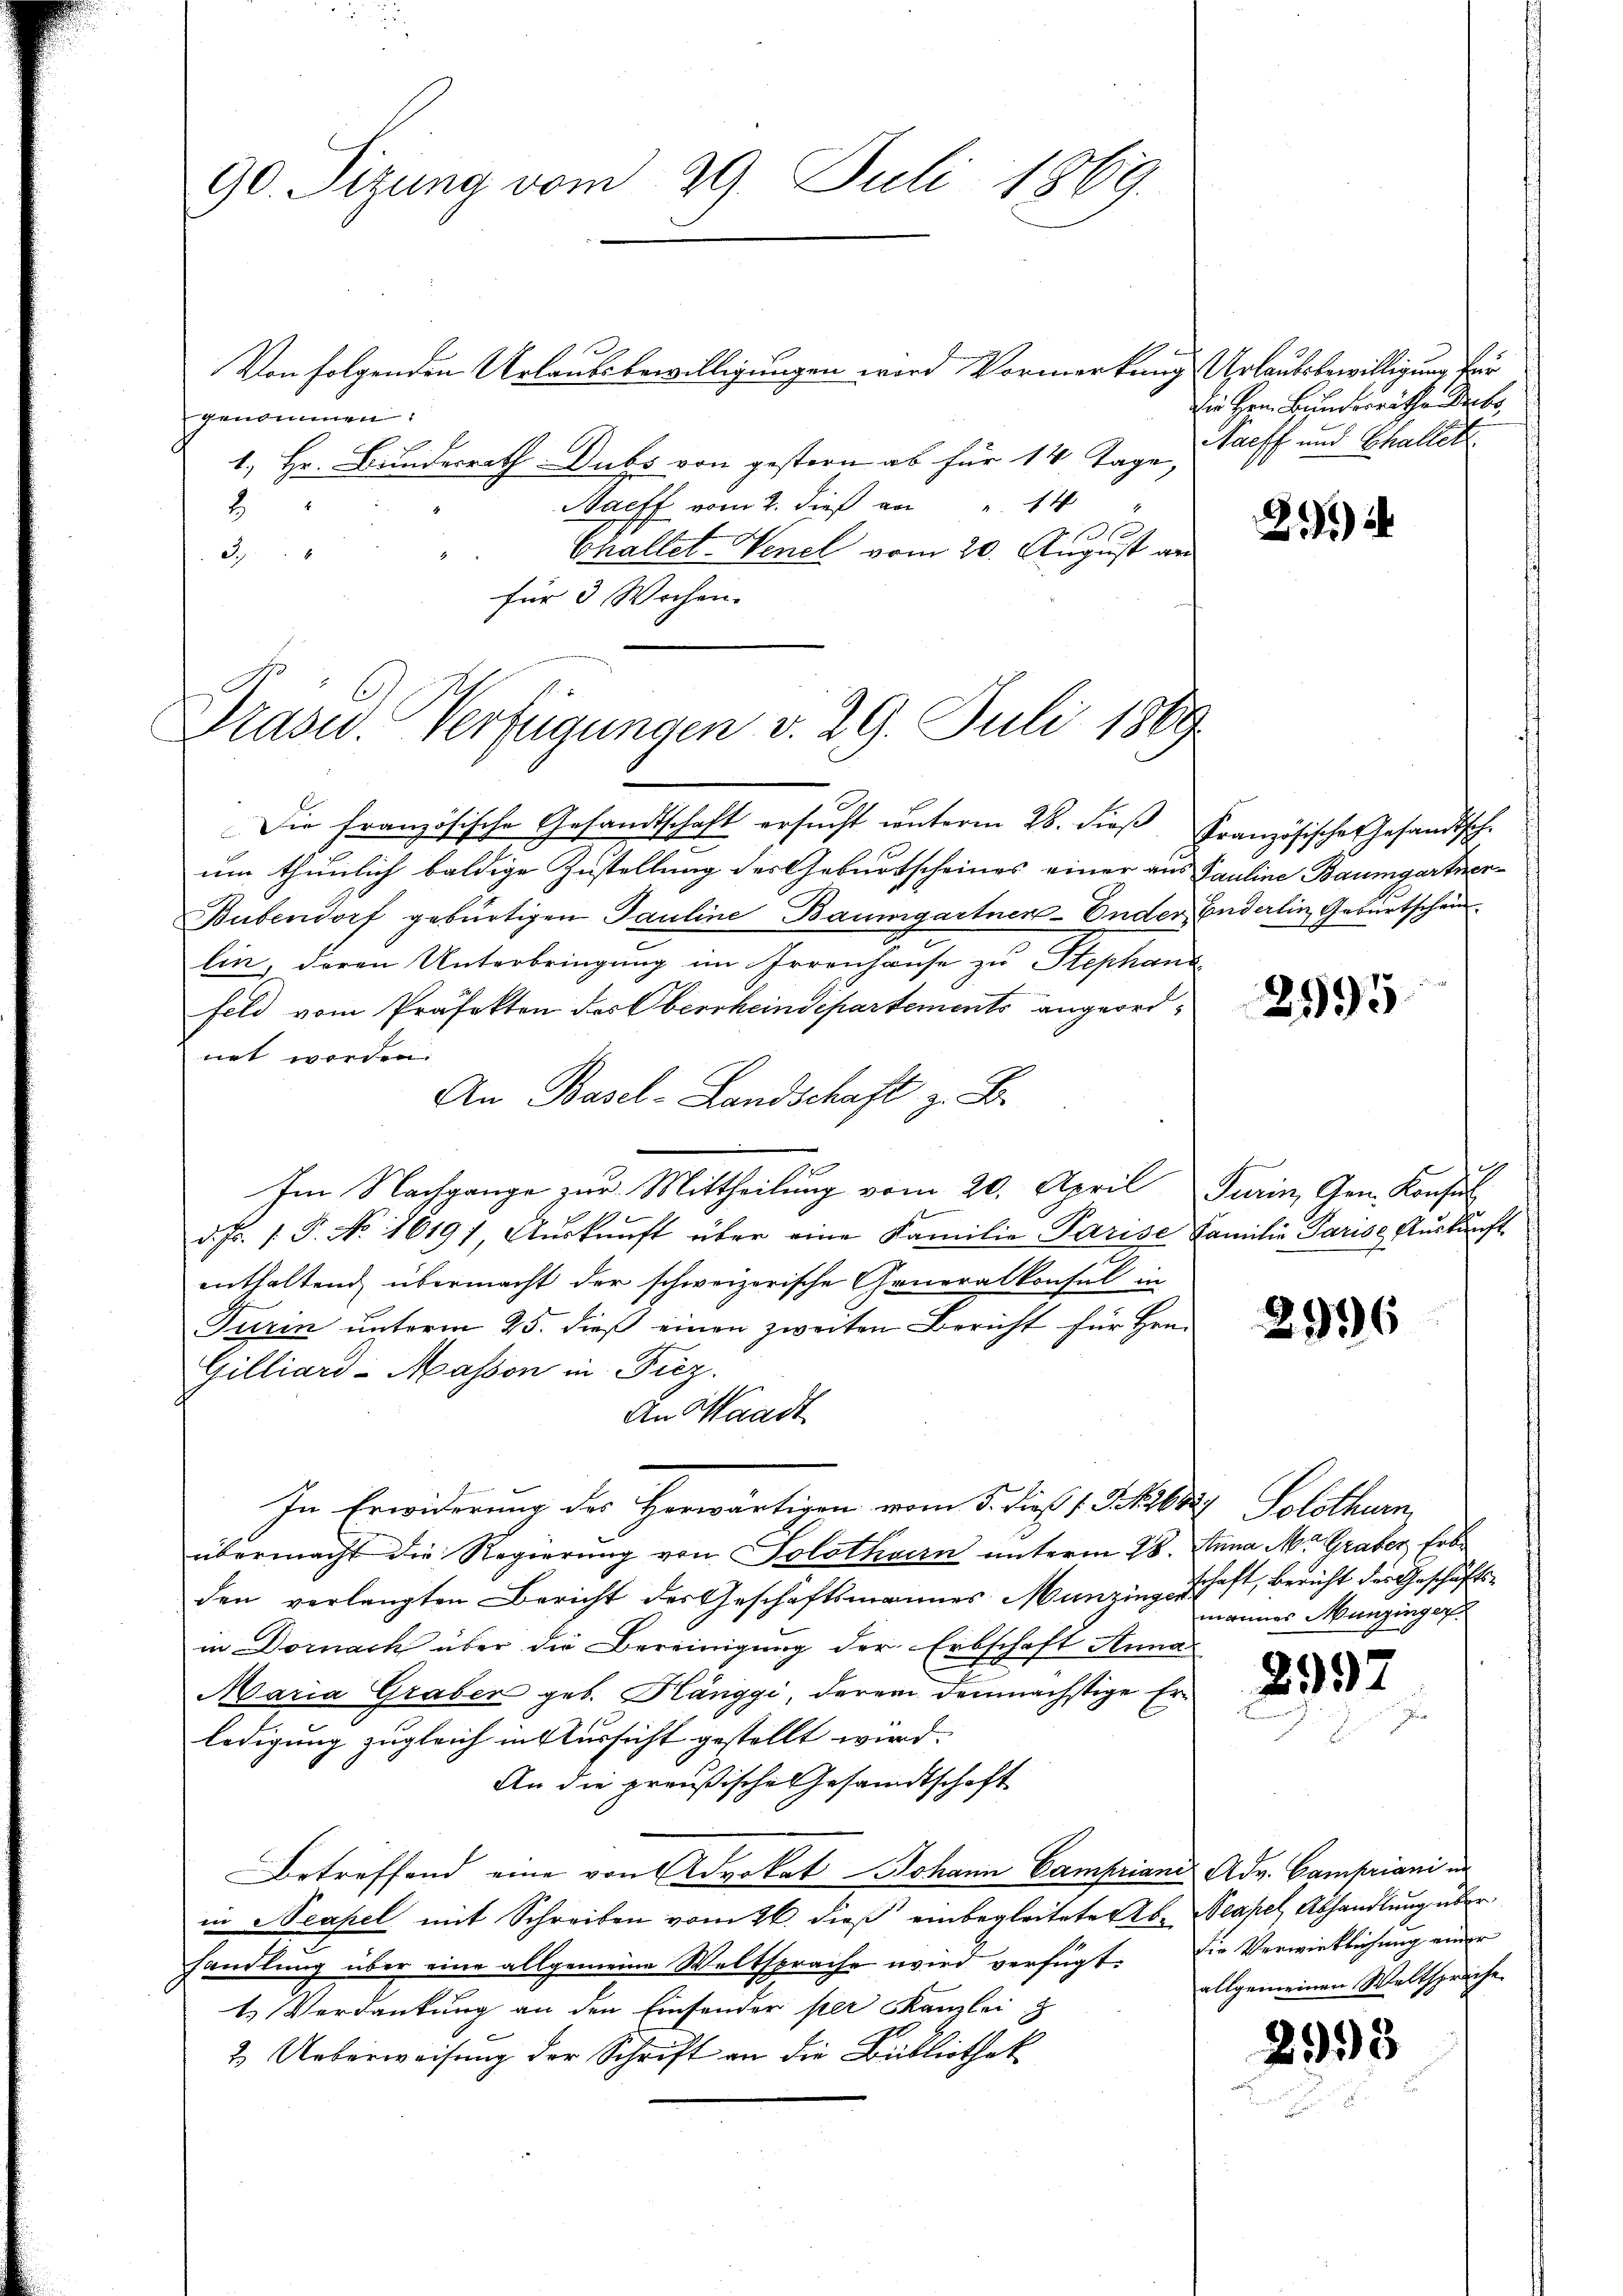
90. Sizung vom 29. Juli 1869.

Prasid. Verfügungen v. 29. Juli 1889

Von folgenden Urlaubsbewilligungen wird Vormerkung Urlaubsbewilligung für
genommen:
1. Hr. Bundesrath Dubs von gestern ab für 14 Tage - Taff und Challet
Maeff vom 2. dieß an " 14
8

Challet-Venel vom 20. August an
3.
.
für 3 Wochen.

Die Herr Bunderräthe Decbr.

Die französische Gesandtschaft ersucht unterm 28. dieß Französische Gesandtsch-
um thunlich baldige Zustellung des Geburtscheines einer aus Pauline Baumgartner¬
Bubendorf gebürtigen Pauline Baumgartner- Ender Enderlin Geburtschen
lin, deren Unterbringung im Irrenhause zu Stephani
Feld vom Präfekten der Oberrheindepartements angeordnet worden.
An Basel-Landschaft z. B.
Im Nachgange zur Mittheilung vom 20. April Turin, Gen. Konsul
d. Fr. 1. P. No. 16197, Aŭskŭnft über eine Familie Parise Familie Parise Aŭskŭnft
enthaltend übermacht der schweizerische Generalkonsul in
Turin ŭnterm 25. dieβ einen zweiten Bericht für Hrn.
Gilliard- Masson in Fiez.
An Waadt
In Erwiderung des Horwärtigen vom 5. dieß v. Skobris Solothur
übermacht die Regierung von Solothurn unterm 28. Anna M. Graber Erbden verlangten Bericht des Geschäftsmannes Munzing schaft, Bericht der Geschäftsin Dornach über die Bereinigung der Erbschaft Anna
Maria Graber geb. Hänggi, derem demnächstige Erledigung zugleich in Aussicht gestellt wird.
An die preußische Gesandtschaft
Betreffend eine von Advokat Johann Campriani Adv. Campiani und
in Neapel mit Schreiben vom 26. dieß einbegleiteter ab. Neapel, Abhandlung über
handlung über eine allgemeine Weltsprache wird verfügt: Die Verwirklichung einer
1.) Verdankung an den Einsender per Kanzlei z
2. Ueberweisung der Schrift an die Bibliothek

2)

mannes Munzinger

2997

2998

e

allgemeinen Weltspreche